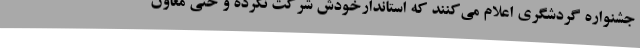
جشنواره گردشگری اعلام می‌کنند که استاندارخودش شرکت نکرده و حتی معاون